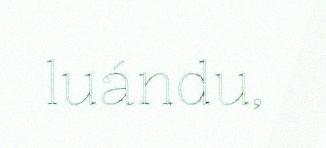
luándu,